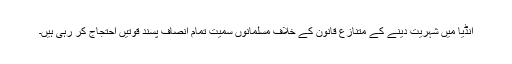
انڈیا میں شہریت دینے کے متنازع قانون کے خلاف مسلمانوں سمیت تمام انصاف پسند قوتیں احتجاج کر رہی ہیں۔